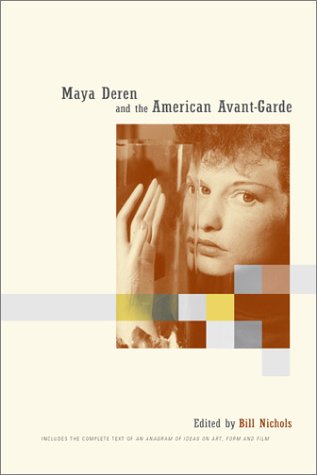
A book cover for Maya Deren and the American Avant-Garde; History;